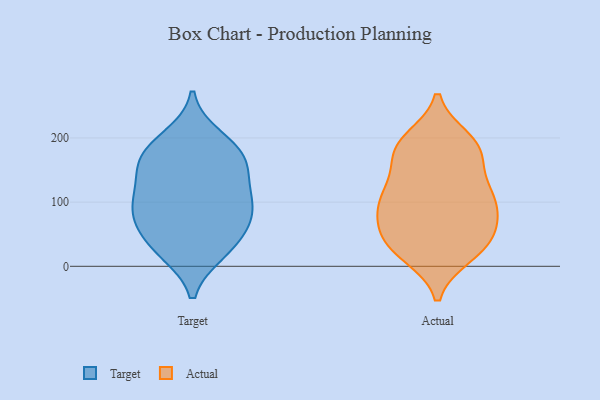
{"axis": {"x": "Operating Costs (USD K)", "y": "Value"}, "legend": ["Actual", "Target"], "data": [{"x": "", "y": 152, "type": "Target"}, {"x": "", "y": 142, "type": "Target"}, {"x": "", "y": 114, "type": "Target"}, {"x": "", "y": 98, "type": "Target"}, {"x": "", "y": 73, "type": "Target"}, {"x": "", "y": 169, "type": "Target"}, {"x": "", "y": 25, "type": "Target"}, {"x": "", "y": 200, "type": "Target"}, {"x": "", "y": 84, "type": "Target"}, {"x": "", "y": 179, "type": "Target"}, {"x": "", "y": 23, "type": "Target"}, {"x": "", "y": 177, "type": "Target"}, {"x": "", "y": 99, "type": "Target"}, {"x": "", "y": 65, "type": "Target"}, {"x": "", "y": 37, "type": "Target"}, {"x": "", "y": 111, "type": "Actual"}, {"x": "", "y": 103, "type": "Actual"}, {"x": "", "y": 57, "type": "Actual"}, {"x": "", "y": 35, "type": "Actual"}, {"x": "", "y": 88, "type": "Actual"}, {"x": "", "y": 20, "type": "Actual"}, {"x": "", "y": 75, "type": "Actual"}, {"x": "", "y": 190, "type": "Actual"}, {"x": "", "y": 197, "type": "Actual"}, {"x": "", "y": 18, "type": "Actual"}, {"x": "", "y": 104, "type": "Actual"}, {"x": "", "y": 34, "type": "Actual"}, {"x": "", "y": 158, "type": "Actual"}, {"x": "", "y": 120, "type": "Actual"}, {"x": "", "y": 181, "type": "Actual"}, {"x": "", "y": 187, "type": "Actual"}, {"x": "", "y": 179, "type": "Actual"}, {"x": "", "y": 118, "type": "Actual"}, {"x": "", "y": 67, "type": "Actual"}, {"x": "", "y": 38, "type": "Actual"}]}